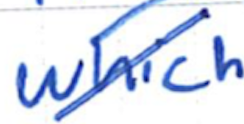
Text: which
Cross-out: mix
Writing tool: ballpoint